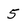
Character: 5